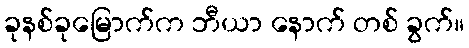
ခုနစ်ခုမြောက်က ဘီယာ နောက် တစ် ခွက်။